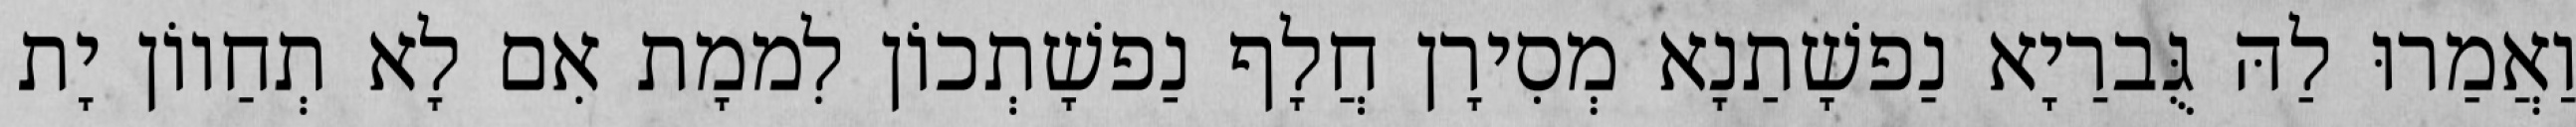
וַאֲמַרוּ לַהּ גֻּברַיָא נַפשָׁתַנָא מְסִירָן חֲלָף נַפשָׁתְכוֹן לִממָת אִם לָא תְחַווֹן יָת